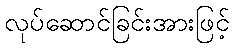
လုပ်ဆောင်ခြင်းအားဖြင့်